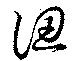
認